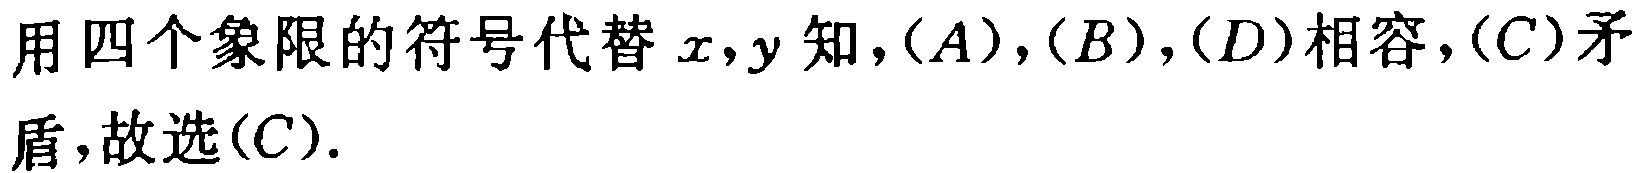
用四个象限的符号代替 \(x,y\)知，\((A)\)，\((B)\)，\((D)\)相容，\((C)\)矛盾，故选\((C)\).